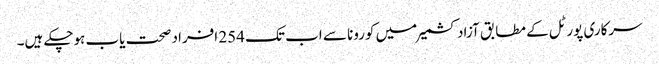
سرکاری پورٹل کے مطابق آزاد کشمیر میں کورونا سے اب تک 254 افراد صحت یاب ہوچکے ہیں۔